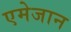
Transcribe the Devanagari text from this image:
एमेजान